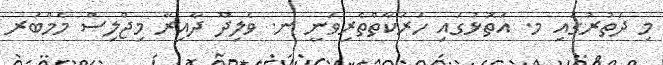
މި ދަތުރުގައި މ. އަތޮޅުގައި ހަރަކާތްތެރިވަނީ ނ. ވެލިދޫ ދާއިރާ މިޖްލިސް މެމްބަރ